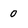
Character: 0